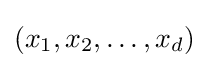
(x_{1},x_{2},\ldots ,x_{d})